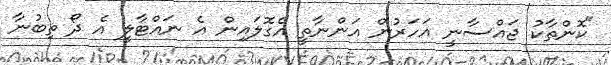
"ކޮންތާކު ޖައްސާނީ އަހަރުން އަންނާތީ އެގޮލައިން އެ ނައްޓާލީ އެ ދޯ ތިބުނާ